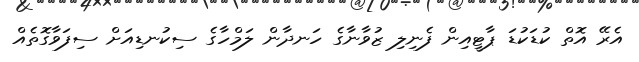
އެރޭ އޮތް ކުޑަކުޑަ ޕާޓީއިން ފެނިލި ޒުވާނާގެ ހަނދާން ލަމްހާގެ ސިކުނޑިއަށް ސިފަވާގޮތެއް